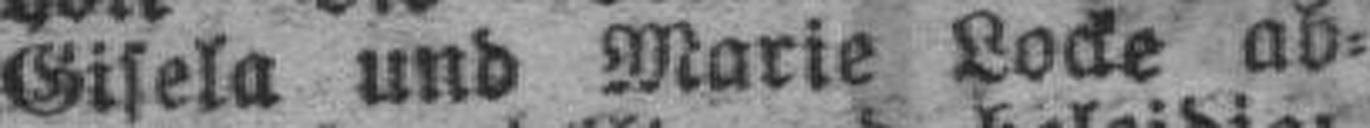
Gisela und Marie Locke ab¬